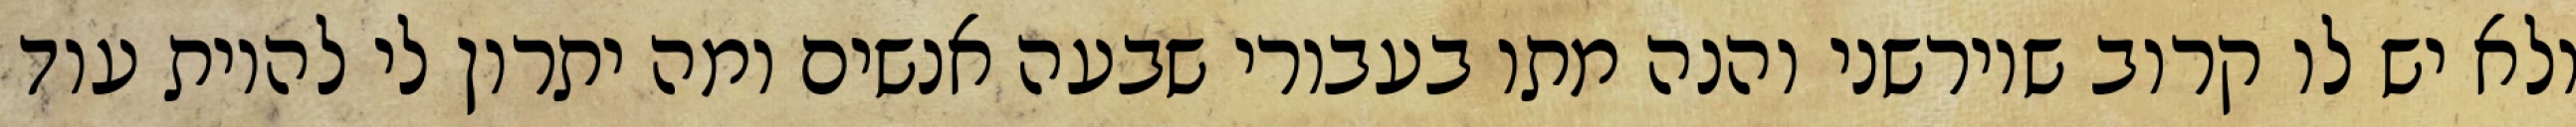
ולא יש לו קרוב שיורשני והנה מתו בעבורי שבעה אנשים ומה יתרון לי להיות עוד